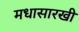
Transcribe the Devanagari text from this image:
मधासारखी